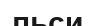
льси